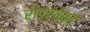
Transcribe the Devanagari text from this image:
रोडसोबत